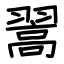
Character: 翯